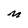
Character: M